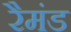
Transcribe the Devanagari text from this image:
रैमंड